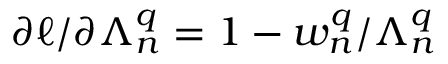
\partial \ell / \partial \Lambda _ { n } ^ { q } = 1 - w _ { n } ^ { q } / \Lambda _ { n } ^ { q }